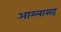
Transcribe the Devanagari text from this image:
आम्लासह